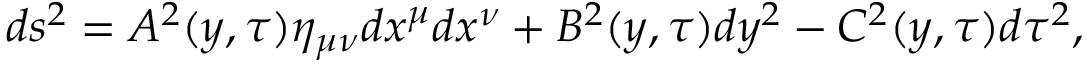
d s ^ { 2 } = A ^ { 2 } ( y , \tau ) \eta _ { \mu \nu } d x ^ { \mu } d x ^ { \nu } + B ^ { 2 } ( y , \tau ) d y ^ { 2 } - C ^ { 2 } ( y , \tau ) d \tau ^ { 2 } ,